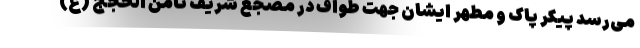
می‌رسد پیکر پاک و مطهر ایشان جهت طواف در مضجع شریف ثامن الحجج (ع)